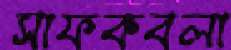
সাফকবলা